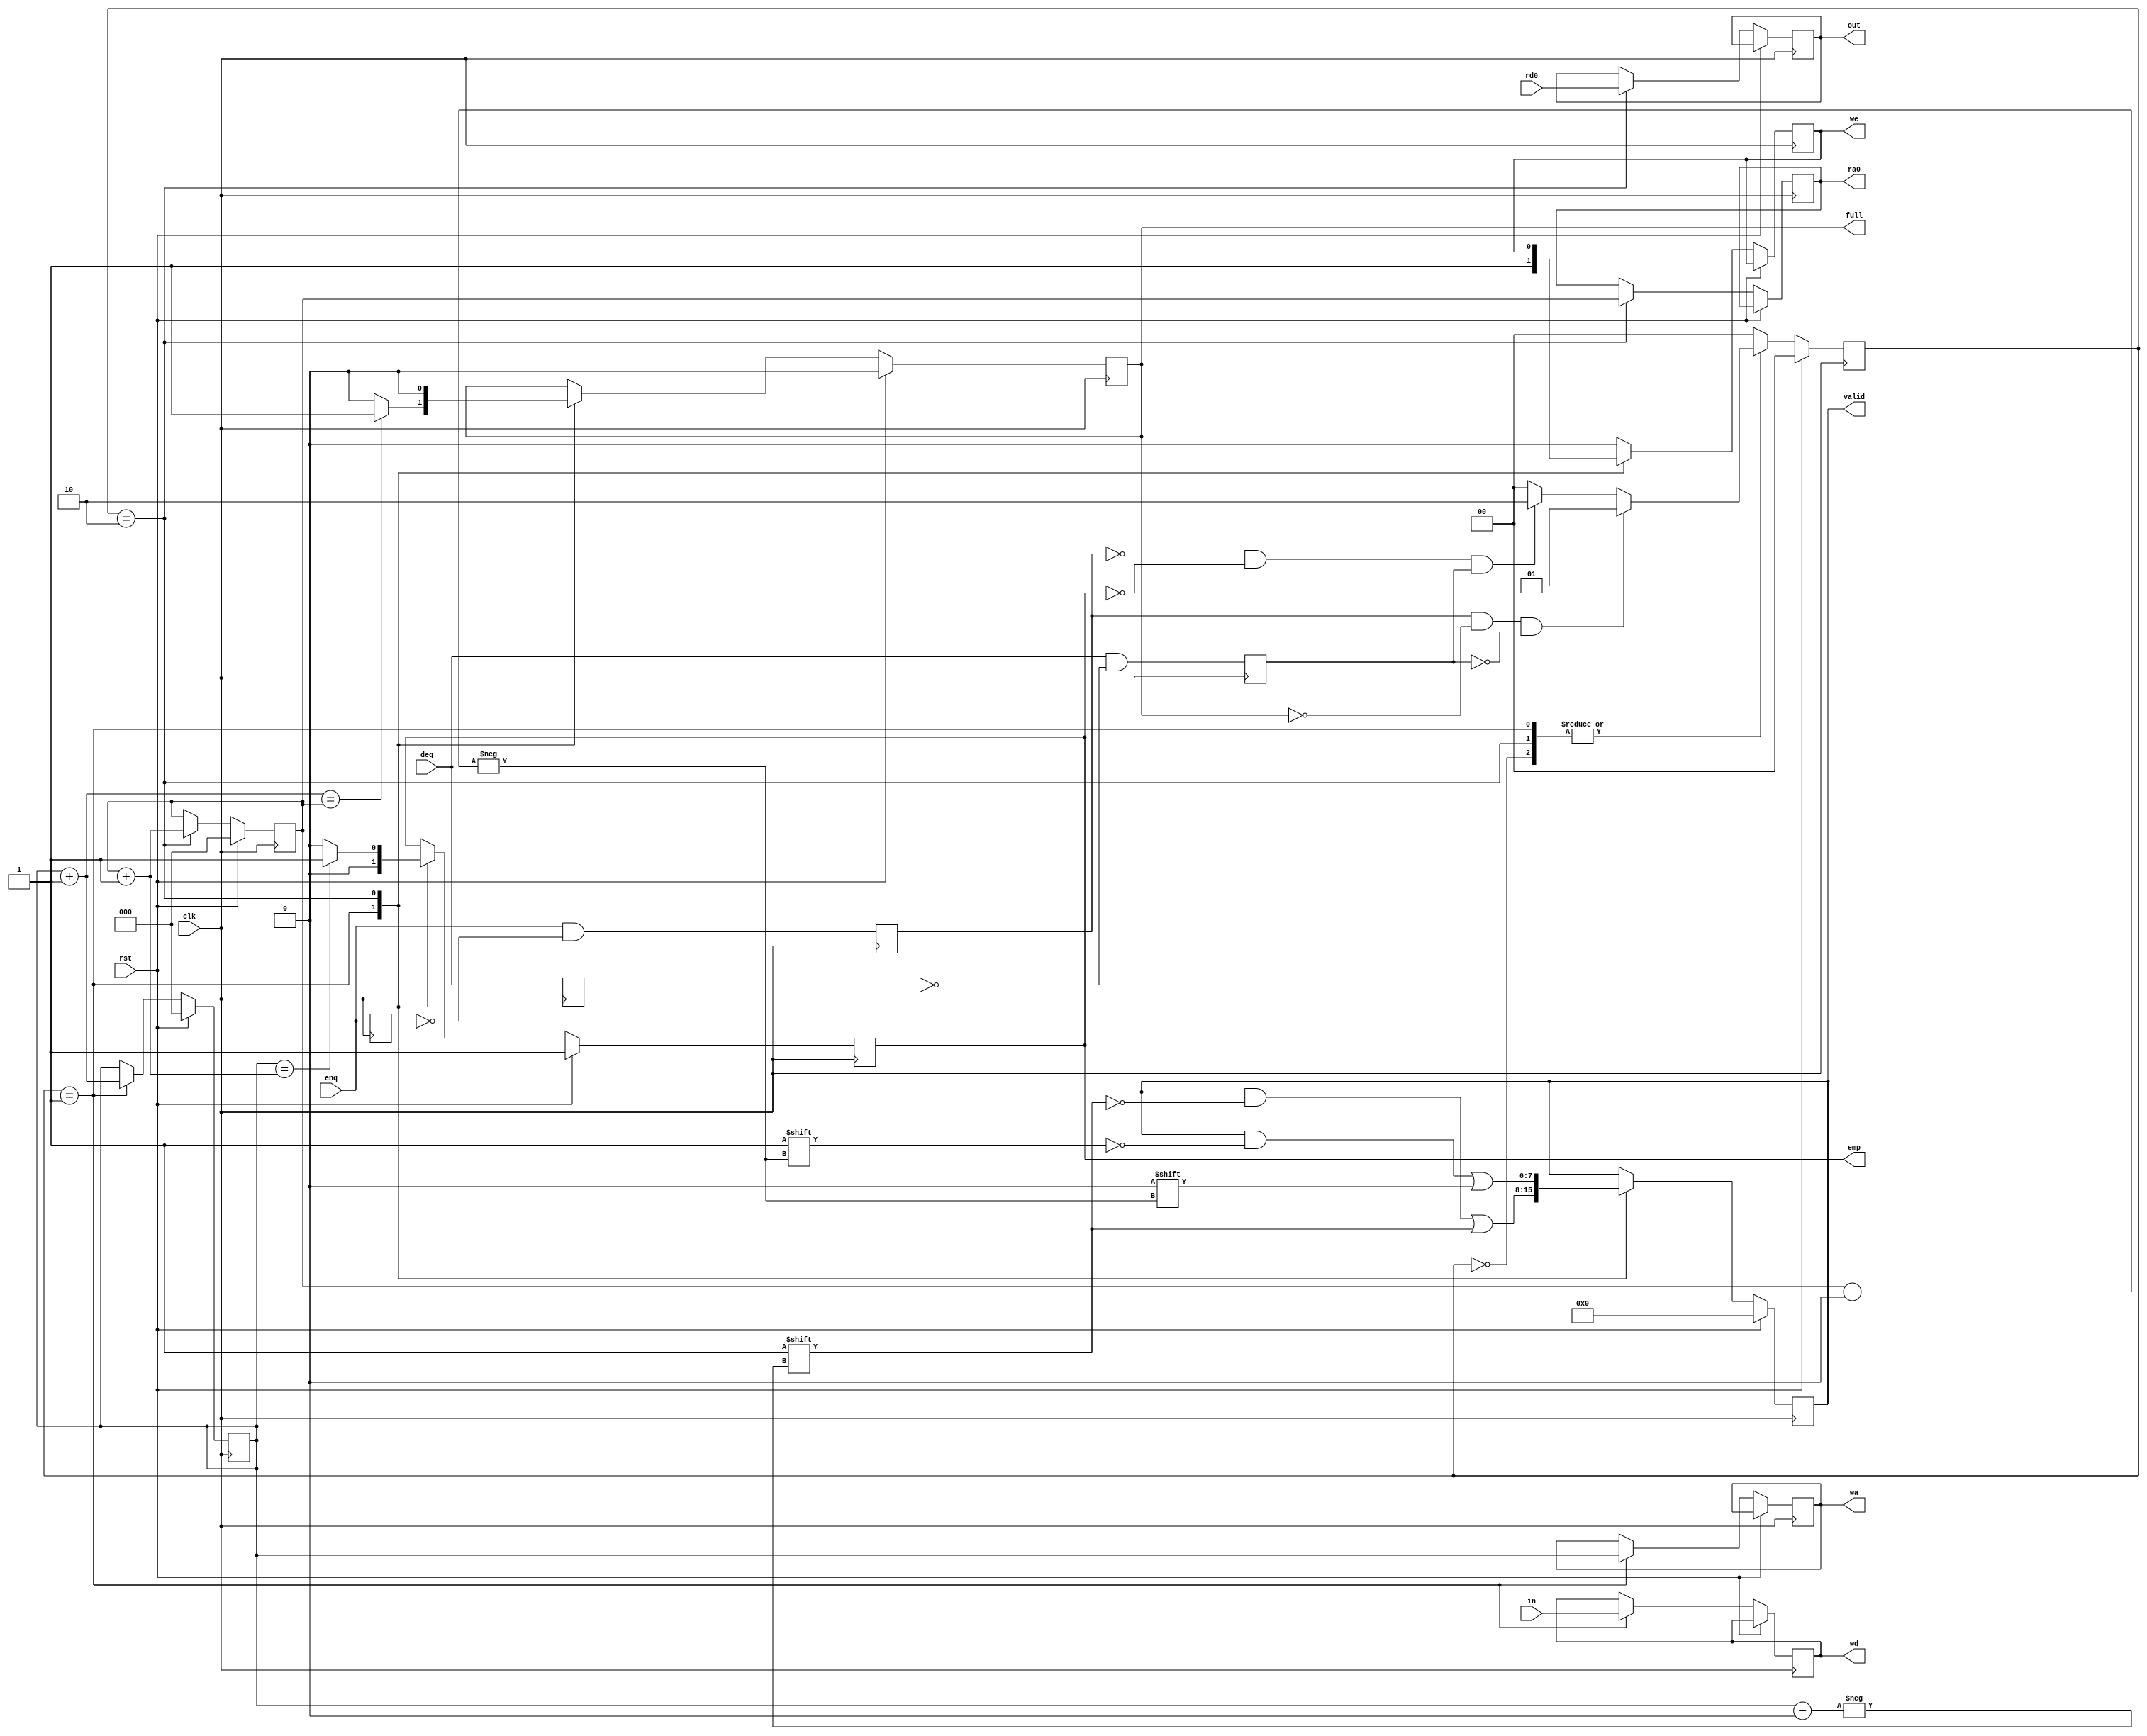
module lcu (
    input [3:0] in,
    input enq, deq, clk, rst,
    input [3:0] rd0,
    output reg [3:0] out,
    output reg full, emp,
    output reg [2:0] ra0,
    output reg [2:0] wa,
    output reg we, 
    output reg [3:0] wd,
    output reg [7:0] valid
);

reg [2:0] head;
reg [2:0] tail;

parameter IDLE = 2'b00;
parameter ENQU = 2'b01;
parameter DEQU = 2'b10;

reg [1:0] cs;
reg [1:0] ns;
reg tmp_1;
reg tmp_2;
reg enq_edge;
reg deq_edge;

initial begin
    cs <= 2'b0;
    ra0 <= 3'b0;
    valid <= 8'b0;
end

always @(posedge clk) begin
    tmp_1 <= enq;
    enq_edge <= enq & ~tmp_1;
    tmp_2 <= deq;
    deq_edge <= deq & ~tmp_2;
end

always @(*) begin
    case(cs)
        IDLE: begin
            if(enq_edge & !full & !deq_edge) ns = ENQU;
            else if(!enq_edge & !emp & deq_edge) ns = DEQU;
            else ns = IDLE;
        end
        ENQU: begin
            if(enq_edge & !full & !deq_edge) ns = ENQU;
            else if(!enq_edge & !emp & deq_edge) ns = DEQU;
            else ns = IDLE;
        end
        DEQU: begin
            if(enq_edge & !full & !deq_edge) ns = ENQU;
            else if(!enq_edge & !emp & deq_edge) ns = DEQU;
            else ns = IDLE;
        end
        default: ns = IDLE;
    endcase
end

always @(posedge clk) begin
    if(rst) begin
        head <= 3'b0;
        tail <= 3'b0;
        valid <= 8'b0;
        emp <= 1'b1;
        full <= 1'b0;
    end
    else begin
        case(cs)
            ENQU: begin
                we <= 1'b1;
                wa <= tail;
                wd <= in;
                valid[tail] <= 1'b1;
                tail <= tail + 1'b1;
                full <= (tail + 1'b1 == head) ? 1'b1 : 1'b0;
                emp <= 1'b0;
            end
            DEQU: begin
                ra0 <= head;
                out <= rd0;
                valid[head] <= 1'b0;
                head <= head + 1'b1;
                emp <= (tail == head + 1'b1) ? 1'b1 : 1'b0;
                full <= 1'b0;
            end
            default: begin
                we <= 1'b0;
            end
        endcase
    end
end

always @(posedge clk) begin
    if(rst) cs <= IDLE;
    else cs <= ns;
end

endmodule